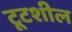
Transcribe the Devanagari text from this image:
टूटशील